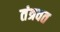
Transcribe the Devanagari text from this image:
तंत्रवत